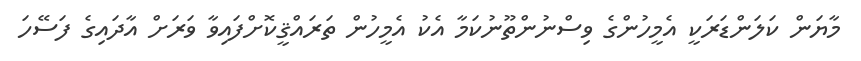
މާޔަން ކަލަންޑަރަކީ އެމީހުންގެ ވިސްނުންތޫނުކަމާ އެކު އެމީހުން ތަރައްޤީކޮށްފައިވާ ވަރަށް އާދައިގެ ފަސޭހަ